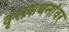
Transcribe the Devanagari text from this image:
वृत्तकथनांवर